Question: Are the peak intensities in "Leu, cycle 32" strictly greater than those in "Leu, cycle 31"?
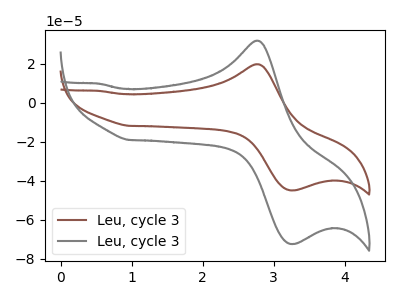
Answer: <think>The brown curve "Leu, cycle 31" has an anodic peak at (2.75V, 19.70uA) and a cathodic peak at (3.30V, -44.85uA). The gray curve "Leu, cycle 32" has an anodic peak at (2.75V, 31.75uA) and a cathodic peak at (3.30V, -72.30uA).</think>
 <answer>Every peak in "Leu, cycle 32" is higher than every peak in "Leu, cycle 31".</answer>
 <eval>higher</eval>